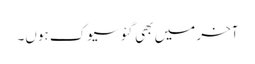
آخر میں بھی گئو سیوک ہوں۔